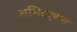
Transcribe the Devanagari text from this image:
अभिदर्शन